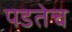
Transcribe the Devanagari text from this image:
पडतेच